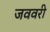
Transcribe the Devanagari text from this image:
जववरी